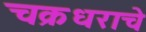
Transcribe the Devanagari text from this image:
चक्रधराचे